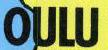
OULU